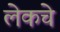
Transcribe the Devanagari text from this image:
लेकचे